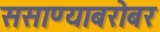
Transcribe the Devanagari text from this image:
ससाण्याबरोबर